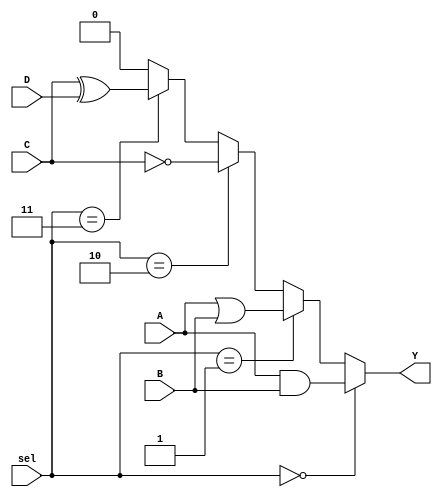
module CLB (
    input wire A,          // Input line A
    input wire B,          // Input line B
    input wire C,          // Input line C
    input wire D,          // Input line D
    input wire [1:0] sel,  // Select lines for choosing the logic function
    output wire Y          // Output line Y
);

// Internal wire connections for logic cells
wire and_out;
wire or_out;
wire not_out;
wire xor_out;

// Logic cells implementation
assign and_out = A & B;          // AND gate
assign or_out = A | B;           // OR gate
assign not_out = ~C;             // NOT gate
assign xor_out = C ^ D;          // XOR gate

// Select logic function based on 'sel' input
assign Y = (sel == 2'b00) ? and_out :    // Select AND
           (sel == 2'b01) ? or_out :     // Select OR
           (sel == 2'b10) ? not_out :    // Select NOT
           (sel == 2'b11) ? xor_out : 1'b0; // Select XOR

endmodule